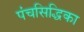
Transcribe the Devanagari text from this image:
पंचसिद्धिका